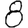
Digit: 8